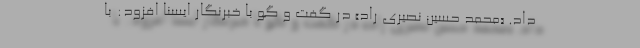
داد. «محمد حسین نصیری راد» در گفت و گو با خبرنگار ایسنا افزود: با